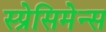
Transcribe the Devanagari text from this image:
स्प्रेसिमेन्स